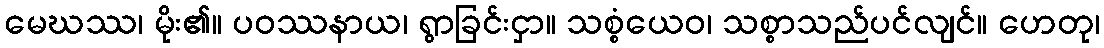
မေဃဿ၊ မိုး၏။ ပဝဿနာယ၊ ရွာခြင်းငှာ။ သစ္စံယေဝ၊ သစ္စာသည်ပင်လျင်။ ဟေတု၊